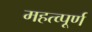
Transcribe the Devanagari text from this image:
महत्‍व्‍पूर्ण